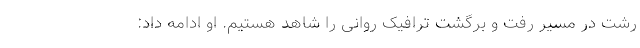
رشت در مسیر رفت و برگشت ترافیک روانی را شاهد هستیم. او ادامه داد: